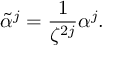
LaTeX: \tilde { \alpha } ^ { j } = \frac { 1 } { \zeta ^ { 2 j } } \alpha ^ { j } .